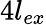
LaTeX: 4l_{ex}